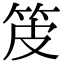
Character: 𤿤